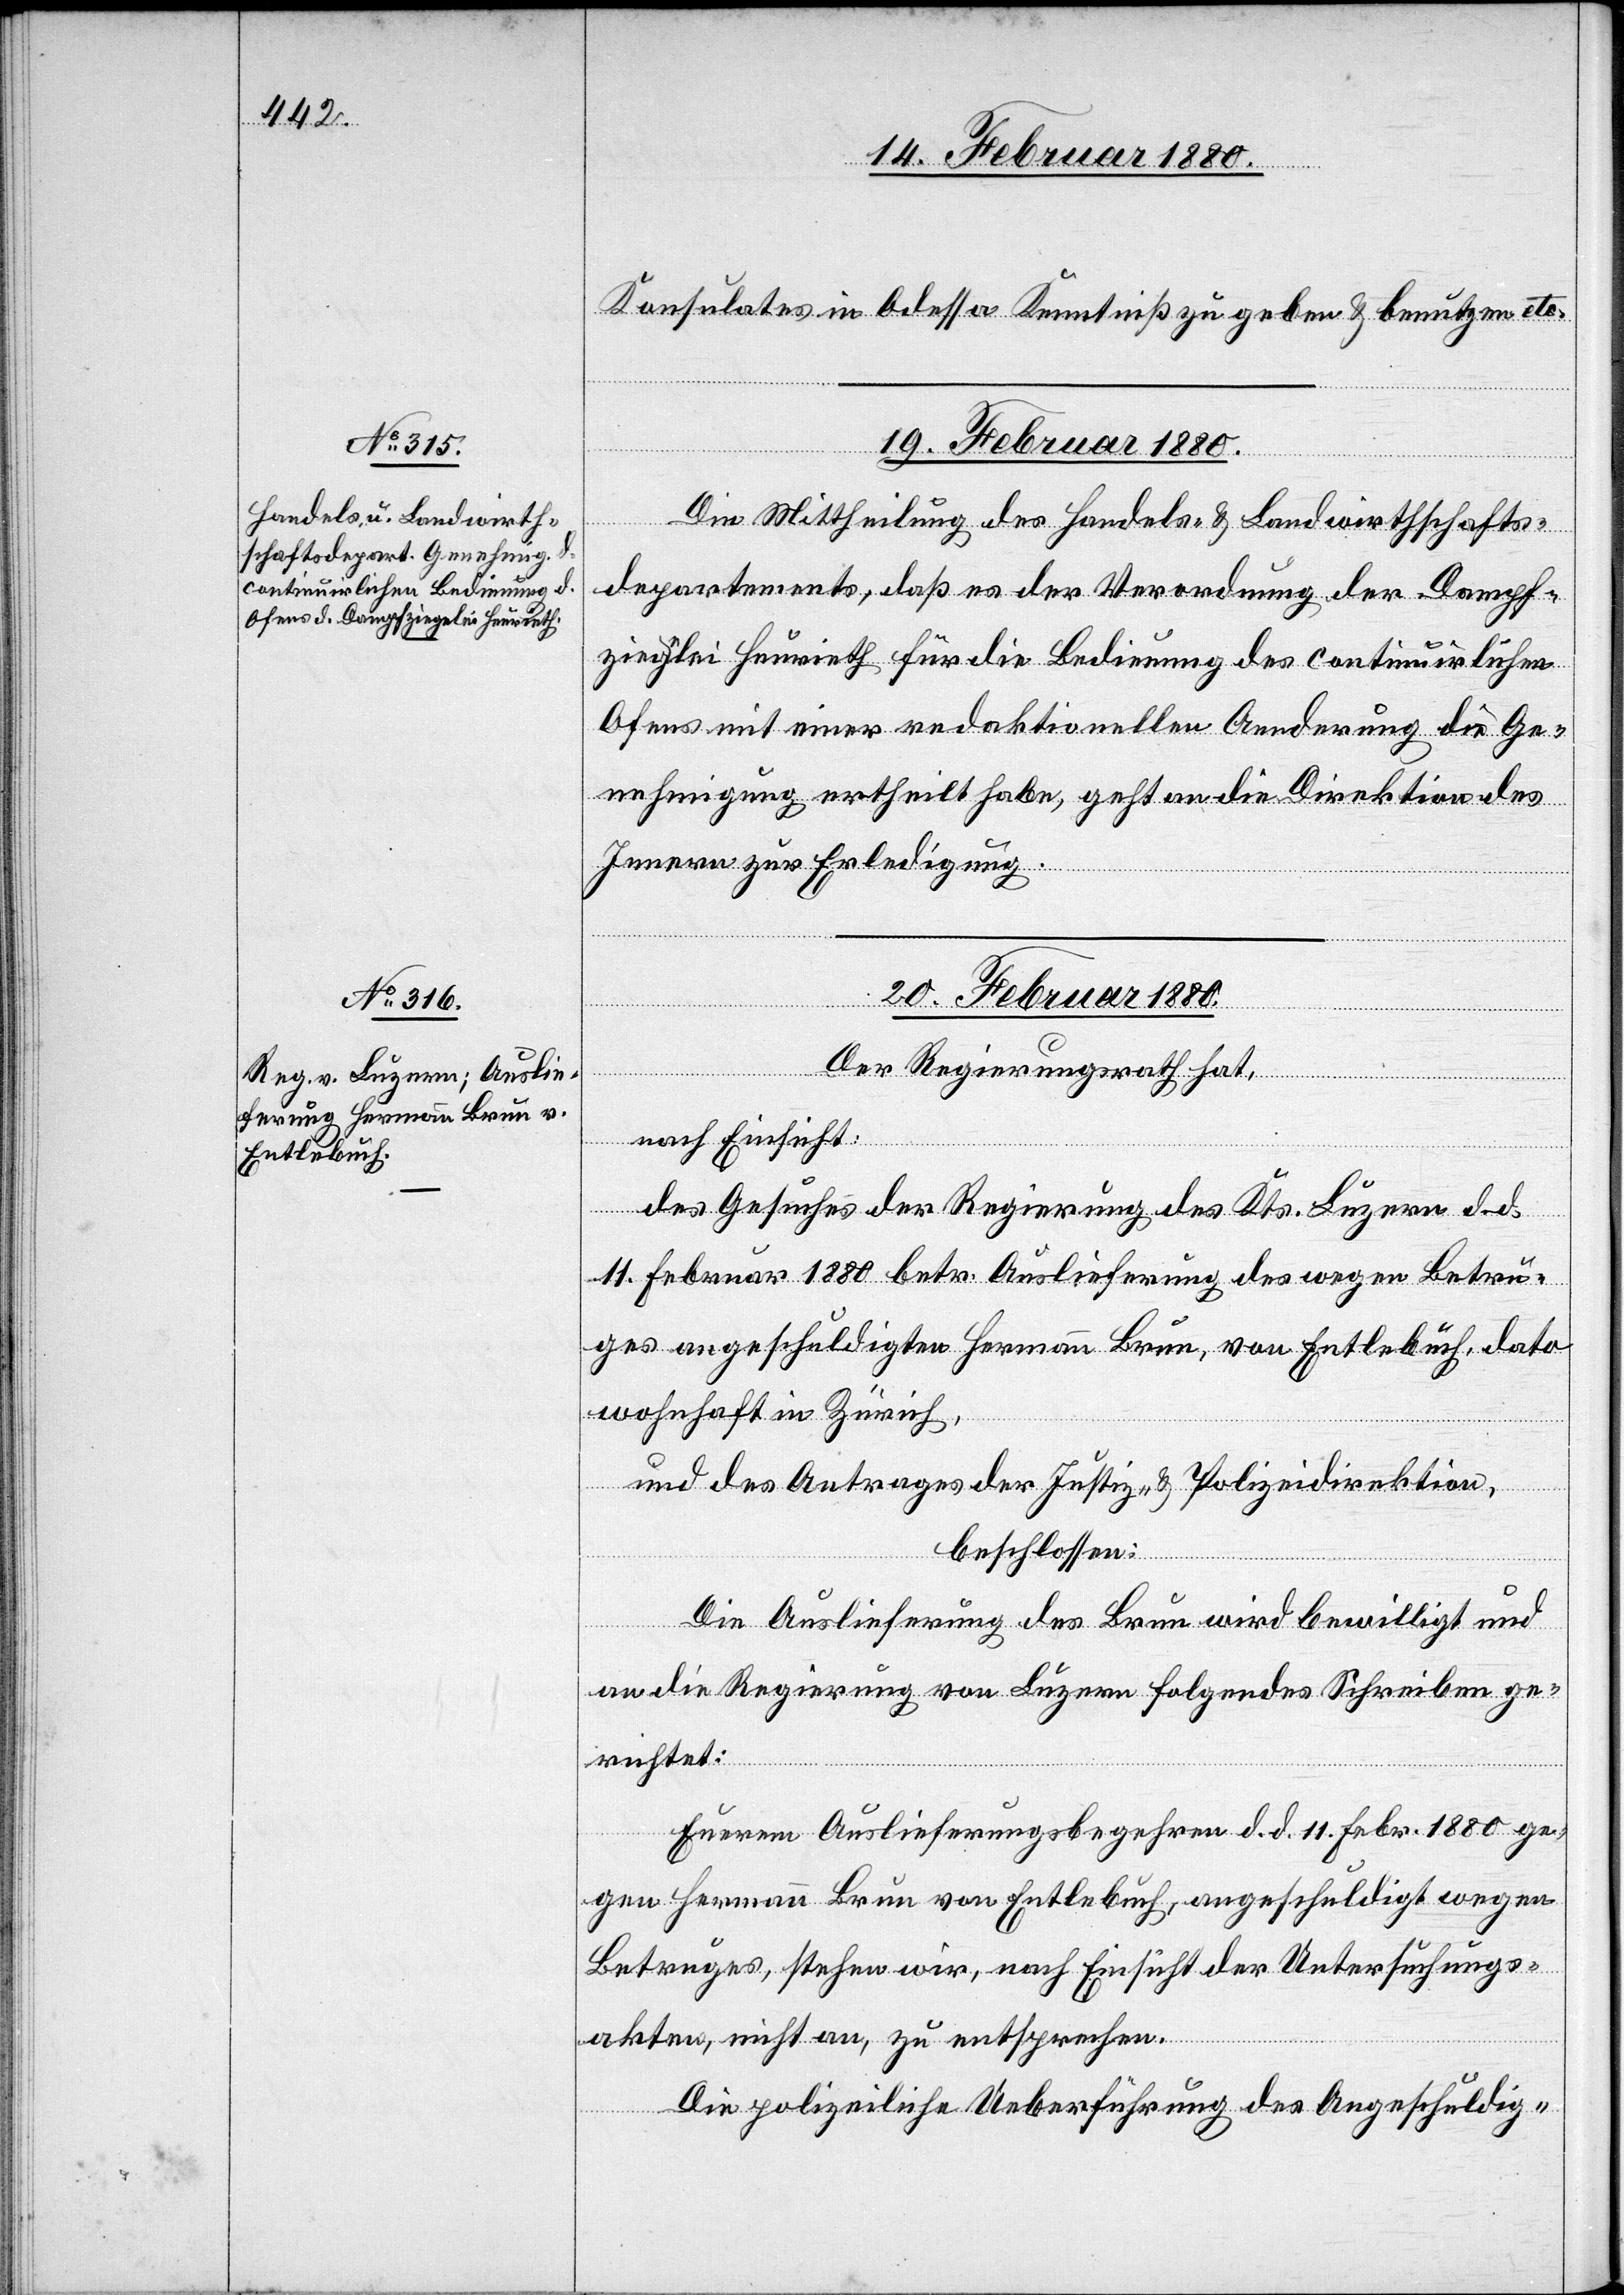
Konsulates in Odessa Kenntniß zu geben & benutzen etc.
19. Februar 1880.
Die Mittheilung des Handels- & Landwirthschafts¬
departements, daß es der Verordnung der Dampf¬
ziegelei Heurieth für die Bedienung des continuirlichen
Ofens mit einer redaktionellen Aenderung die Ge¬
nehmigung ertheilt habe, geht an die Direktion des
Innern zur Erledigung.
20. Februar 1880.
Der Regierungsrath hat,
nach Einsicht:
des Gesuches der Regierung des Kantons Luzern d. d.
11. Februar 1880 betr. Auslieferung des wegen Betru¬
ges angeschuldigten Hermann Brun, von Entlebuch, dato
wohnhaft in Zürich,
und des Antrages der Justiz- & Polizeidirektion,
beschlossen:
Die Auslieferung des Brun wird bewilligt und
an die Regierung von Luzern folgendes Schreiben ge¬
richtet:
Euerem Auslieferungsbegehren d. d. 11. Febr. 1880 ge¬
gen Hermann Brun von Entlebuch, angeschuldigt wegen
Betruges, stehen wir, nach Einsicht der Untersuchungs¬
akten, nicht an, zu entsprechen.
Die polizeiliche Ueberführung des Angeschuldig-